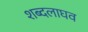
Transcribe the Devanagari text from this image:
शब्दलाघव